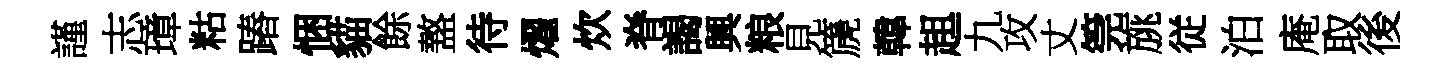
謹志璋䊀蹖悃貓餘盩待燿炊脊謁興粮見篪韓趄九攻丈筦旐従泊庵取後